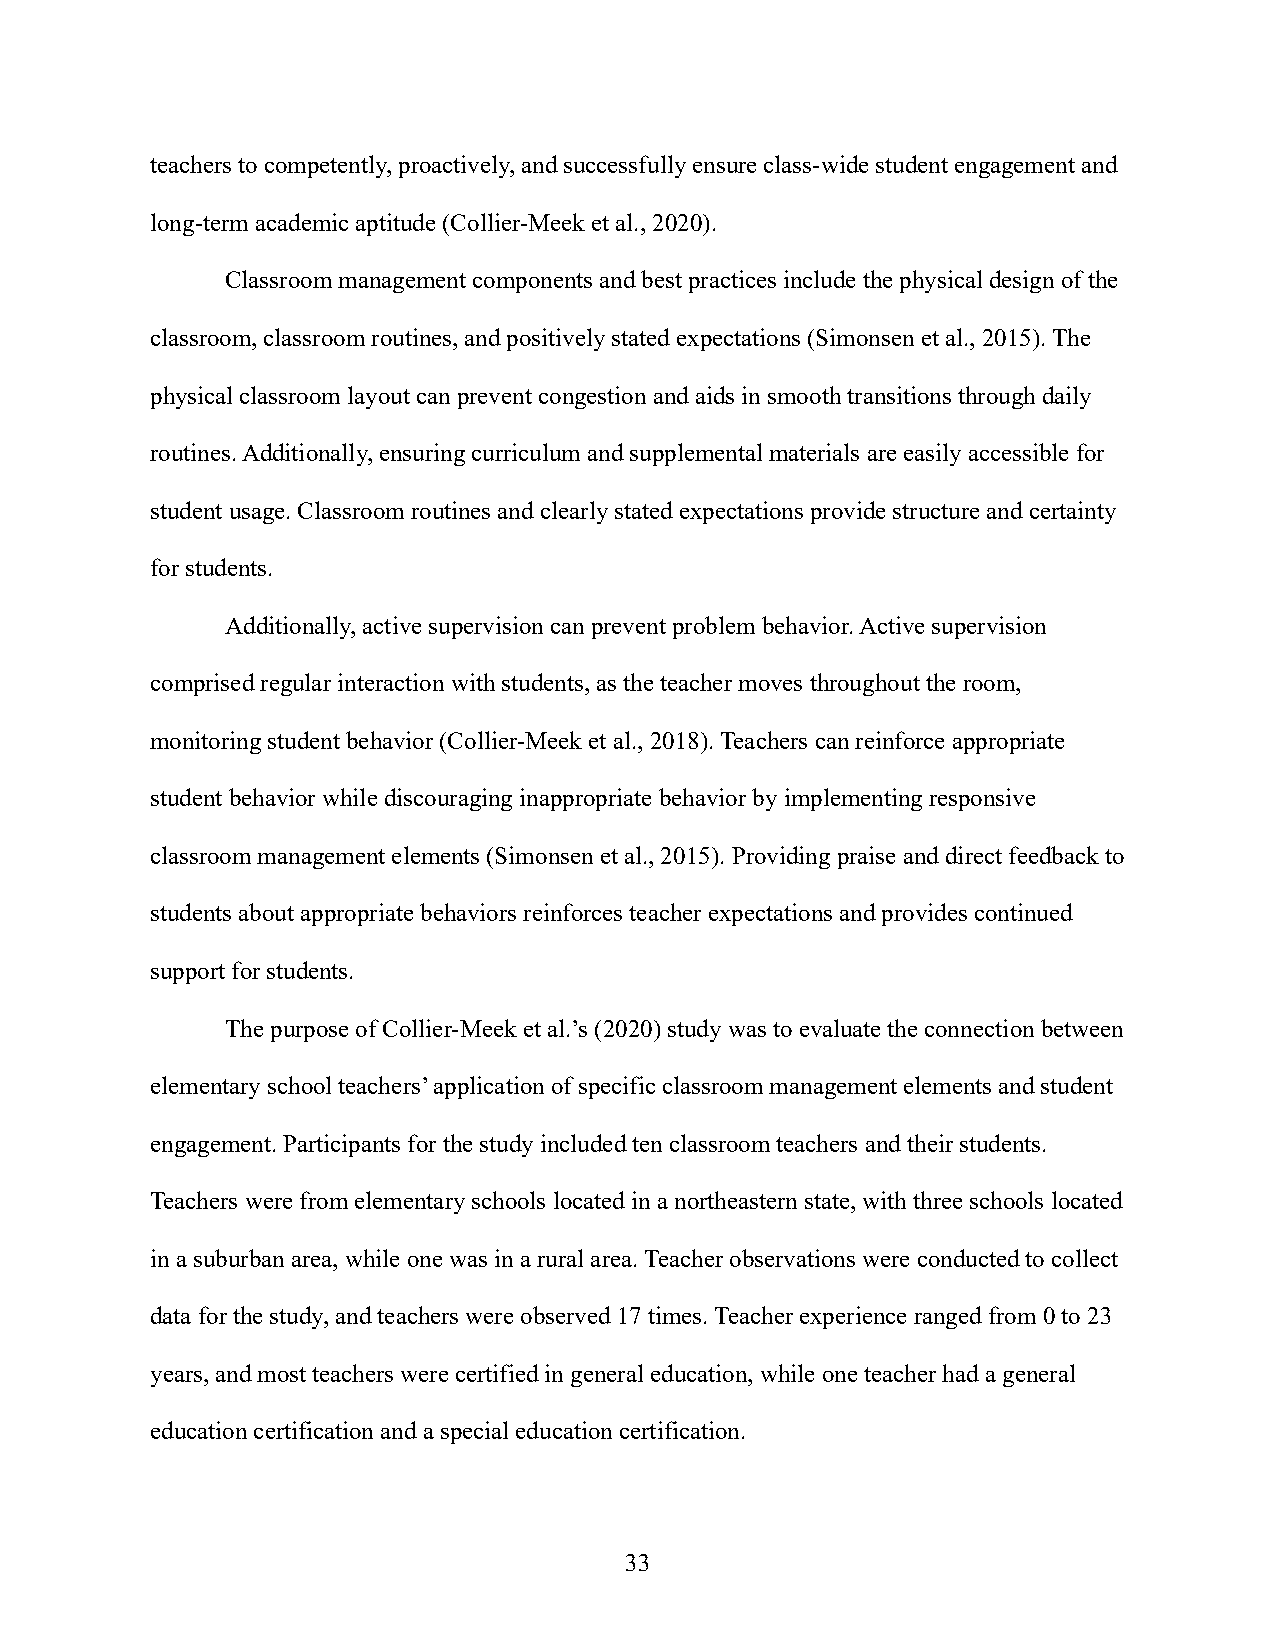
teachers to competently, proactively, and successfully ensure class-wide student engagement and
 long-term academic aptitude (Collier-Meek et al., 2020).
 Classroom management components and best practices include the physical design of the
 classroom, classroom routines, and positively stated expectations (Simonsen et al., 2015). The
 physical classroom layout can prevent congestion and aids in smooth transitions through daily
 routines. Additionally, ensuring curriculum and supplemental materials are easily accessible for
 student usage. Classroom routines and clearly stated expectations provide structure and certainty
 for students.
 Additionally, active supervision can prevent problem behavior. Active supervision
 comprised regular interaction with students, as the teacher moves throughout the room,
 monitoring student behavior (Collier-Meek et al., 2018). Teachers can reinforce appropriate
 student behavior while discouraging inappropriate behavior by implementing responsive
 classroom management elements (Simonsen et al., 2015). Providing praise and direct feedback to
 students about appropriate behaviors reinforces teacher expectations and provides continued
 support for students.
 The purpose of Collier-Meek et al.’s (2020) study was to evaluate the connection between
 elementary school teachers’ application of specific classroom management elements and student
 engagement. Participants for the study included ten classroom teachers and their students.
 Teachers were from elementary schools located in a northeastern state, with three schools located
 in a suburban area, while one was in a rural area. Teacher observations were conducted to collect
 data for the study, and teachers were observed 17 times. Teacher experience ranged from 0 to 23
 years, and most teachers were certified in general education, while one teacher had a general
 education certification and a special education certification.
 33